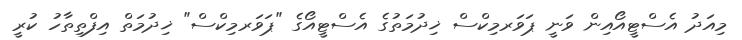
މިއަދު އެސްޓީއޯއިން ވަނީ ޕަވަރމިކްސް ޚިދުމަތުގެ އެސްޓީއޯގެ "ޕަވަރމިކްސް" ޚިދުމަތް އިފްތިތާހު ކުރީ